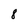
Character: 8